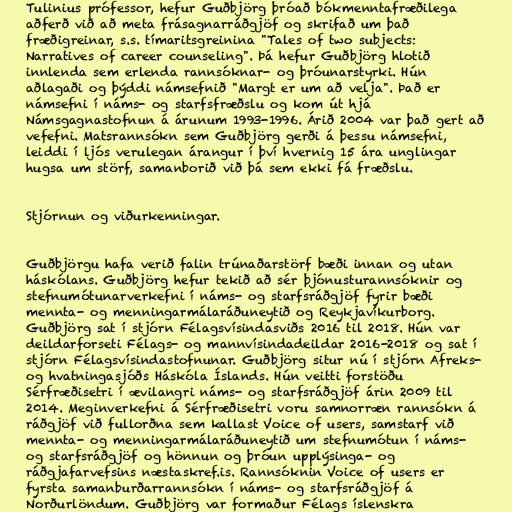
Tulinius prófessor, hefur Guðbjörg þróað bókmenntafræðilega
aðferð við að meta frásagnarráðgjöf og skrifað um það
fræðigreinar, s.s. tímaritsgreinina "Tales of two subjects:
Narratives of career counseling". Þá hefur Guðbjörg hlotið
innlenda sem erlenda rannsóknar- og þróunarstyrki. Hún
aðlagaði og þýddi námsefnið "Margt er um að velja". Það er
námsefni í náms- og starfsfræðslu og kom út hjá
Námsgagnastofnun á árunum 1993-1996. Árið 2004 var það gert að
vefefni. Matsrannsókn sem Guðbjörg gerði á þessu námsefni,
leiddi í ljós verulegan árangur í því hvernig 15 ára unglingar
hugsa um störf, samanborið við þá sem ekki fá fræðslu.

Stjórnun og viðurkenningar.

Guðbjörgu hafa verið falin trúnaðarstörf bæði innan og utan
háskólans. Guðbjörg hefur tekið að sér þjónusturannsóknir og
stefnumótunarverkefni í náms- og starfsráðgjöf fyrir bæði
mennta- og menningarmálaráðuneytið og Reykjavíkurborg.
Guðbjörg sat í stjórn Félagsvísindasviðs 2016 til 2018. Hún var
deildarforseti Félags- og mannvísindadeildar 2016-2018 og sat í
stjórn Félagsvísindastofnunar. Guðbjörg situr nú í stjórn Afreks-
og hvatningasjóðs Háskóla Íslands. Hún veitti forstöðu
Sérfræðisetri í ævilangri náms- og starfsráðgjöf árin 2009 til
2014. Meginverkefni á Sérfræðisetri voru samnorræn rannsókn á
ráðgjöf við fullorðna sem kallast Voice of users, samstarf við
mennta- og menningarmálaráðuneytið um stefnumótun í náms-
og starfsráðgjöf og hönnun og þróun upplýsinga- og
ráðgjafarvefsins næstaskref.is. Rannsóknin Voice of users er
fyrsta samanburðarrannsókn í náms- og starfsráðgjöf á
Norðurlöndum. Guðbjörg var formaður Félags íslenskra